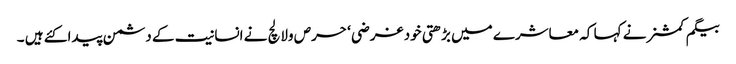
بیگم کمشنر نے کہا کہ معاشرے میں بڑھتی خود غرضی ‘ حرص ولالچ نے انسانیت کے دشمن پیدا کئے ہیں ۔